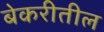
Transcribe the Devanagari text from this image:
बेकरीतील